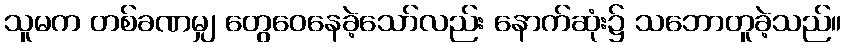
သူမက တစ်ခဏမျှ တွေဝေနေခဲ့သော်လည်း နောက်ဆုံး၌ သဘောတူခဲ့သည်။